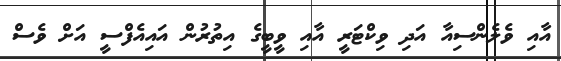
އާއި ވެލެންސިއާ އަދި ވިކްޓަރީ އާއި ވީބީގެ އިތުރުން އައިއެފްސީ އަށް ވެސް